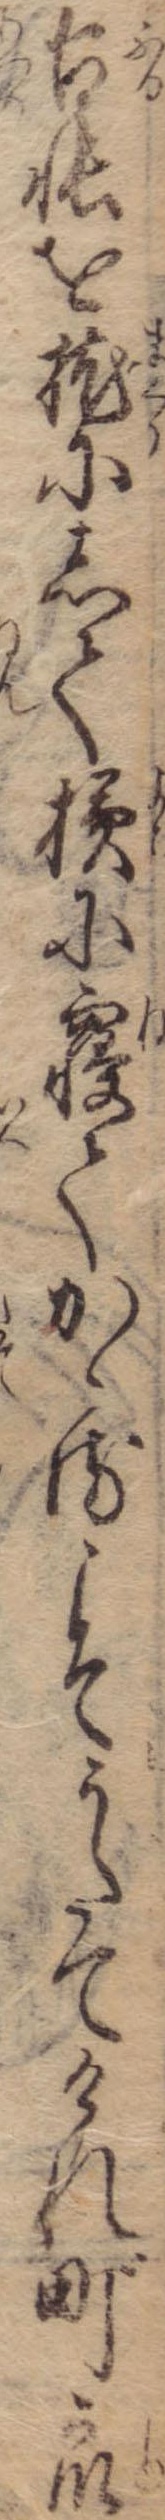
古帳を枕にして横に寝てかゝるこそうたてけれ町衆